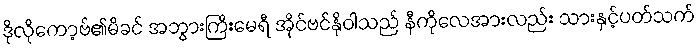
ဒိုလိုကော့ဗ်၏မိခင် အဘွားကြီးမေရီ အိုင်ဗင်နိုဝါသည် နီကိုလေအားလည်း သားနှင့်ပတ်သက်